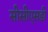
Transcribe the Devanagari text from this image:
सीसीएसडी